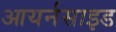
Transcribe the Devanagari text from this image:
आयर्नसाइड